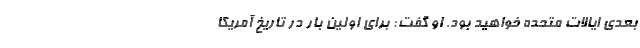
بعدی ایالات متحده خواهید بود. او گفت: برای اولین بار در تاریخ آمریکا